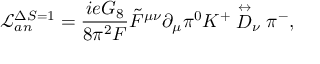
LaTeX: \mathcal { L } _ { a n } ^ { \Delta S = 1 } = \frac { i e G _ { 8 } } { 8 \pi ^ { 2 } F } \tilde { F } ^ { \mu \nu } \partial _ { \mu } \pi ^ { 0 } K ^ { + } \stackrel { \leftrightarrow } { D } _ { \nu } \pi ^ { - } ,